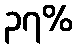
၃၇%